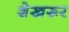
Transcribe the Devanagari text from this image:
शेखरूर